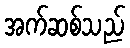
အက်ဆစ်သည်